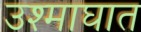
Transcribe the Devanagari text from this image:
उश्माघात